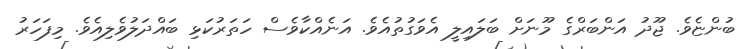
ބުންޏެވެ. ޖޫދު އަންބަރްގެ މޫނަށް ބަލައިލީ އެވަގުތުއެވެ. އަނެއްކާވެސް ހަތަރުކަޅި ބައްދަލުވެލިއެވެ. މިފަހަރު